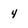
Character: 4